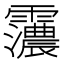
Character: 𮦽